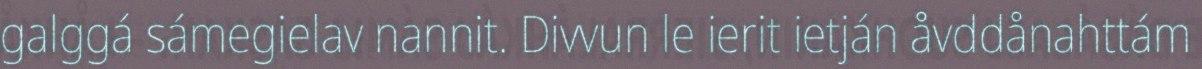
galggá sámegielav nannit. Divvun le ierit ietján åvddånahttám